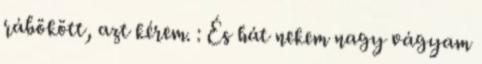
rábökött, azt kérem. : És hát nekem nagy vágyam